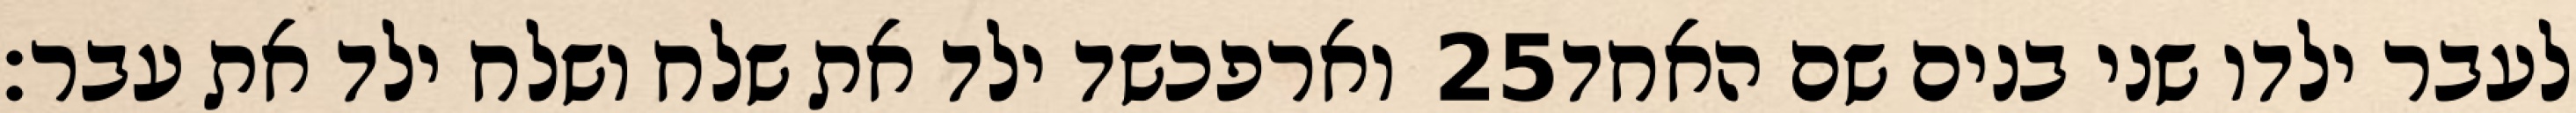
וארפכשד ילד את שלח ושלח ילד את עבר׃ ‎25‏ לעבר ילדו שני בנים שם האחד